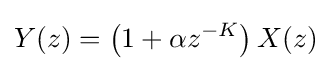
Y(z)=\left(1+\alpha z^{-K}\right)X(z)